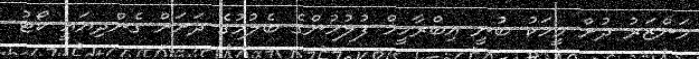
މަންޒަރު ދުށް މީހަކު ބުނީ އިބްރާހީމް ފުލުހުންގެ ބެލުމުގެ ދަށަށް ގެންދިޔައީ ކޯޓު